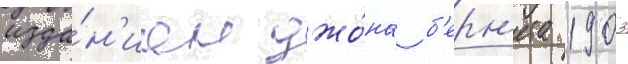
изда́н'иам джо́на б'ерн'ета 1903